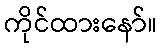
ကိုင်ထားနော်။